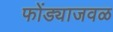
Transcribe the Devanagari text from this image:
फोंड्याजवळ